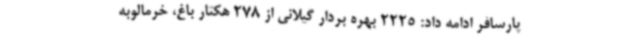
پارسافر ادامه داد: 2225 بهره بردار گیلانی از 278 هکتار باغ، خرمالوبه